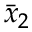
{ \bar { x } } _ { 2 }